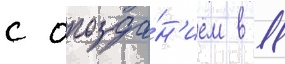
с опозда́н'ием в 11